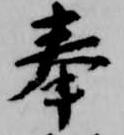
奉